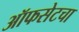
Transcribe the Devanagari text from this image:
ऑफसेटचा